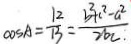
\cos A = \frac { 1 2 } { 1 3 } = \frac { b ^ { 2 } + c ^ { 2 } - a ^ { 2 } } { 2 b c . }